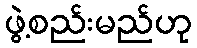
ဖွဲ့စည်းမည်ဟု